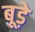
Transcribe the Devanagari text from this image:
बूड़े